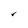
Character: r